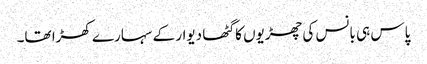
پاس ہی بانس کی چھڑیوں کا گٹھا دیوار کے سہارے کھڑا تھا۔